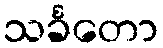
သင်္ခတော